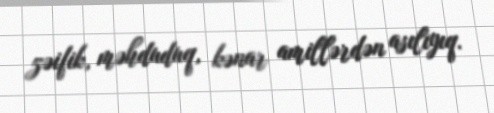
zəifik, məhduduq, kənar amillərdən asılıyıq.